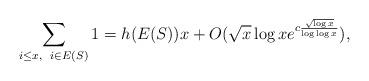
LaTeX: \begin{align*}\sum_{i\leq x,\enskip i\in E(S)} 1 = h(E(S))x+O(\sqrt{x}\log x e^{c\frac{\sqrt{\log x}}{\log \log x}}),\end{align*}